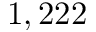
1 , 2 2 2